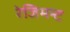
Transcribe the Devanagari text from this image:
रेजिमन्ट